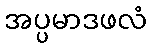
အပ္ပမာဒဖလံ